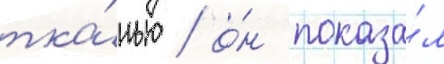
тка́нью / о́н показа́л